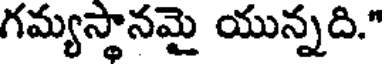
గమ్యస్థానమై యున్నది."